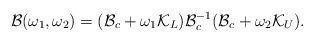
LaTeX: \begin{align*}\mathcal{B}(\omega_{1},\omega_{2})=(\mathcal{B}_{c}+\omega_{1}\mathcal{K}_{L})\mathcal{B}_{c}^{-1}(\mathcal{B}_{c}+\omega_{2}\mathcal{K}_{U}).\end{align*}